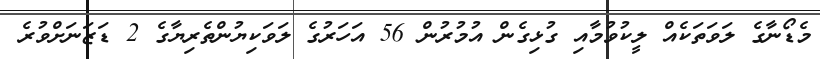
މެޑޯނާގެ ލަވަތަކެއް ލީކުވުމާއި ގުޅިގެން އުމުރުން 56 އަހަރުގެ ލަވަކިޔުންތެރިޔާގެ 2 ޑަޒަނަށްވުރެ